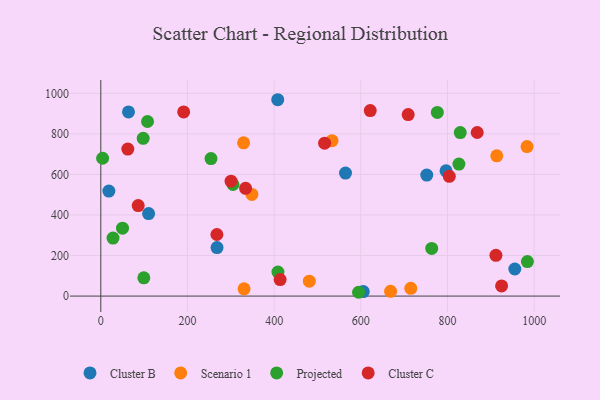
{"axis": {"x": "Speed", "y": "Yield"}, "legend": ["Cluster B", "Cluster C", "Projected", "Scenario 1"], "data": [{"x": "564.7", "y": 606.8, "type": "Cluster B"}, {"x": "408.3", "y": 968.4, "type": "Cluster B"}, {"x": "955.4", "y": 133.7, "type": "Cluster B"}, {"x": "18.6", "y": 518.0, "type": "Cluster B"}, {"x": "752.2", "y": 596.9, "type": "Cluster B"}, {"x": "110.3", "y": 406.7, "type": "Cluster B"}, {"x": "63.9", "y": 908.4, "type": "Cluster B"}, {"x": "268.2", "y": 239.3, "type": "Cluster B"}, {"x": "605.7", "y": 22.1, "type": "Cluster B"}, {"x": "796.7", "y": 617.9, "type": "Cluster B"}, {"x": "329.5", "y": 755.9, "type": "Scenario 1"}, {"x": "330.6", "y": 35.6, "type": "Scenario 1"}, {"x": "983.6", "y": 737.4, "type": "Scenario 1"}, {"x": "533.6", "y": 766.5, "type": "Scenario 1"}, {"x": "913.8", "y": 691.8, "type": "Scenario 1"}, {"x": "481.2", "y": 73.5, "type": "Scenario 1"}, {"x": "348.7", "y": 501.3, "type": "Scenario 1"}, {"x": "668.7", "y": 23.3, "type": "Scenario 1"}, {"x": "715.3", "y": 38.5, "type": "Scenario 1"}, {"x": "594.8", "y": 18.8, "type": "Projected"}, {"x": "826.4", "y": 651.2, "type": "Projected"}, {"x": "4.2", "y": 679.7, "type": "Projected"}, {"x": "99.3", "y": 90.0, "type": "Projected"}, {"x": "776.6", "y": 905.6, "type": "Projected"}, {"x": "829.5", "y": 806.4, "type": "Projected"}, {"x": "254.3", "y": 678.2, "type": "Projected"}, {"x": "763.6", "y": 235.1, "type": "Projected"}, {"x": "107.8", "y": 860.9, "type": "Projected"}, {"x": "408.8", "y": 118.4, "type": "Projected"}, {"x": "97.8", "y": 778.2, "type": "Projected"}, {"x": "984.4", "y": 170.2, "type": "Projected"}, {"x": "28.2", "y": 285.9, "type": "Projected"}, {"x": "50.1", "y": 334.9, "type": "Projected"}, {"x": "305.0", "y": 550.2, "type": "Projected"}, {"x": "516.5", "y": 754.2, "type": "Cluster C"}, {"x": "191.2", "y": 908.0, "type": "Cluster C"}, {"x": "334.1", "y": 531.3, "type": "Cluster C"}, {"x": "621.8", "y": 914.9, "type": "Cluster C"}, {"x": "300.6", "y": 566.5, "type": "Cluster C"}, {"x": "924.9", "y": 50.2, "type": "Cluster C"}, {"x": "804.2", "y": 590.5, "type": "Cluster C"}, {"x": "911.8", "y": 200.9, "type": "Cluster C"}, {"x": "62.3", "y": 725.0, "type": "Cluster C"}, {"x": "267.9", "y": 303.8, "type": "Cluster C"}, {"x": "86.3", "y": 446.3, "type": "Cluster C"}, {"x": "709.3", "y": 895.4, "type": "Cluster C"}, {"x": "868.6", "y": 806.7, "type": "Cluster C"}, {"x": "413.8", "y": 81.6, "type": "Cluster C"}]}